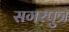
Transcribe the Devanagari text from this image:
सगरपुत्र